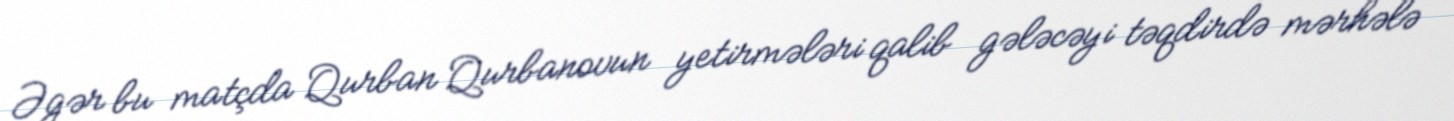
Əgər bu matçda Qurban Qurbanovun yetirmələri qalib gələcəyi təqdirdə mərhələ